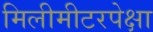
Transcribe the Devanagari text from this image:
मिलीमीटरपेक्षा